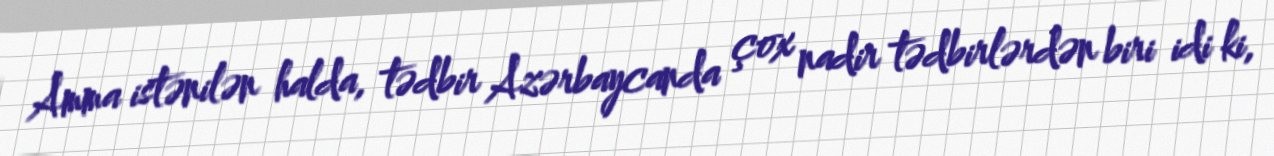
Amma istənilən halda, tədbir Azərbaycanda çox nadir tədbirlərdən biri idi ki,